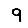
Digit: 9